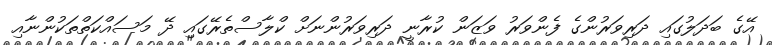
އޭގެ ބަދަލުގައި ދަރިވަރުންގެ ފެންވަރު ވަޒަން ކުރާނީ ދަރިވަރުންނަށް ކްލާސްތެރޭގައި ދޭ މަސައްކަތްތަކުންނާއި